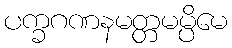
ပက္ခဂဏနမတ္တမမ္ပိမေ